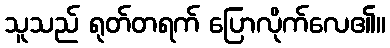
သူသည် ရုတ်တရက် ပြောလိုက်လေ၏။